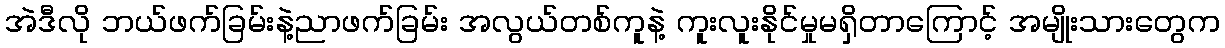
အဲဒီလို ဘယ်ဖက်ခြမ်းနဲ့ညာဖက်ခြမ်း အလွယ်တစ်ကူနဲ့ ကူးလူးနိုင်မှုမရှိတာကြောင့် အမျိုးသားတွေက